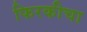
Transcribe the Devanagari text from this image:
फिरकीचा